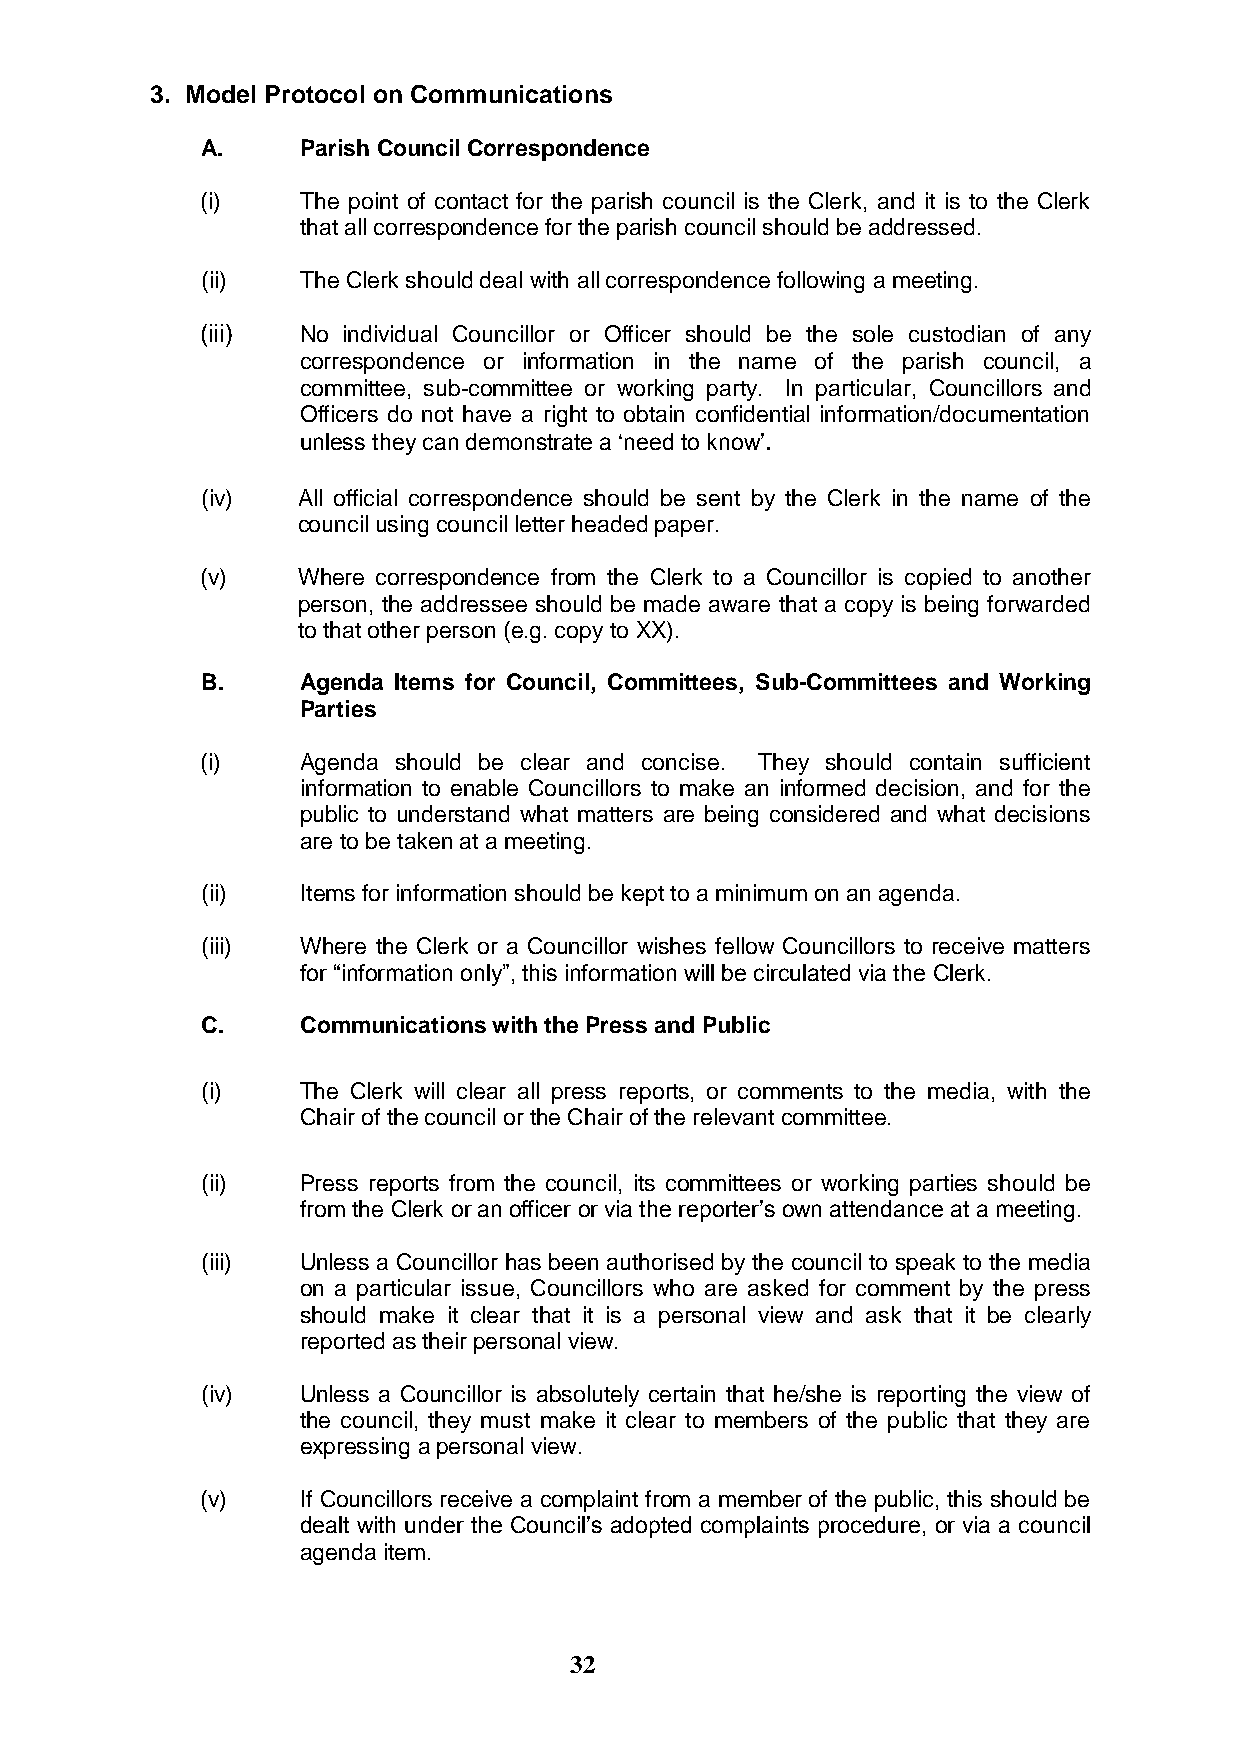
3. Model Protocol on Communications
 A.     Parish Council Correspondence
 (i)    The point of contact for the parish council is the Clerk, and it is to the Clerk
 that all correspondence for the parish council should be addressed.
 (ii)   The Clerk should deal with all correspondence following a meeting.
 (iii)  No individual Councillor or Officer should be the sole custodian of any
 correspondence or information in the name of the parish council, a
 committee, sub-committee or working party. In particular, Councillors and
 Officers do not have a right to obtain confidential information/documentation
 unless they can demonstrate a „need to know‟.
 (iv)   All official correspondence should be sent by the Clerk in the name of the
 council using council letter headed paper.
 (v)    Where correspondence from the Clerk to a Councillor is copied to another
 person, the addressee should be made aware that a copy is being forwarded
 to that other person (e.g. copy to XX).
 B.     Agenda Items for Council, Committees, Sub-Committees and Working
 Parties
 (i)    Agenda should be clear and concise. They should contain sufficient
 information to enable Councillors to make an informed decision, and for the
 public to understand what matters are being considered and what decisions
 are to be taken at a meeting.
 (ii)   Items for information should be kept to a minimum on an agenda.
 (iii)  Where the Clerk or a Councillor wishes fellow Councillors to receive matters
 for “information only”, this information will be circulated via the Clerk.
 C.     Communications with the Press and Public
 (i)    The Clerk will clear all press reports, or comments to the media, with the
 Chair of the council or the Chair of the relevant committee.
 (ii)   Press reports from the council, its committees or working parties should be
 from the Clerk or an officer or via the reporter‟s own attendance at a meeting.
 (iii)  Unless a Councillor has been authorised by the council to speak to the media
 on a particular issue, Councillors who are asked for comment by the press
 should make it clear that it is a personal view and ask that it be clearly
 reported as their personal view.
 (iv)   Unless a Councillor is absolutely certain that he/she is reporting the view of
 the council, they must make it clear to members of the public that they are
 expressing a personal view.
 (v)    If Councillors receive a complaint from a member of the public, this should be
 dealt with under the Council‟s adopted complaints procedure, or via a council
 agenda item.
 32